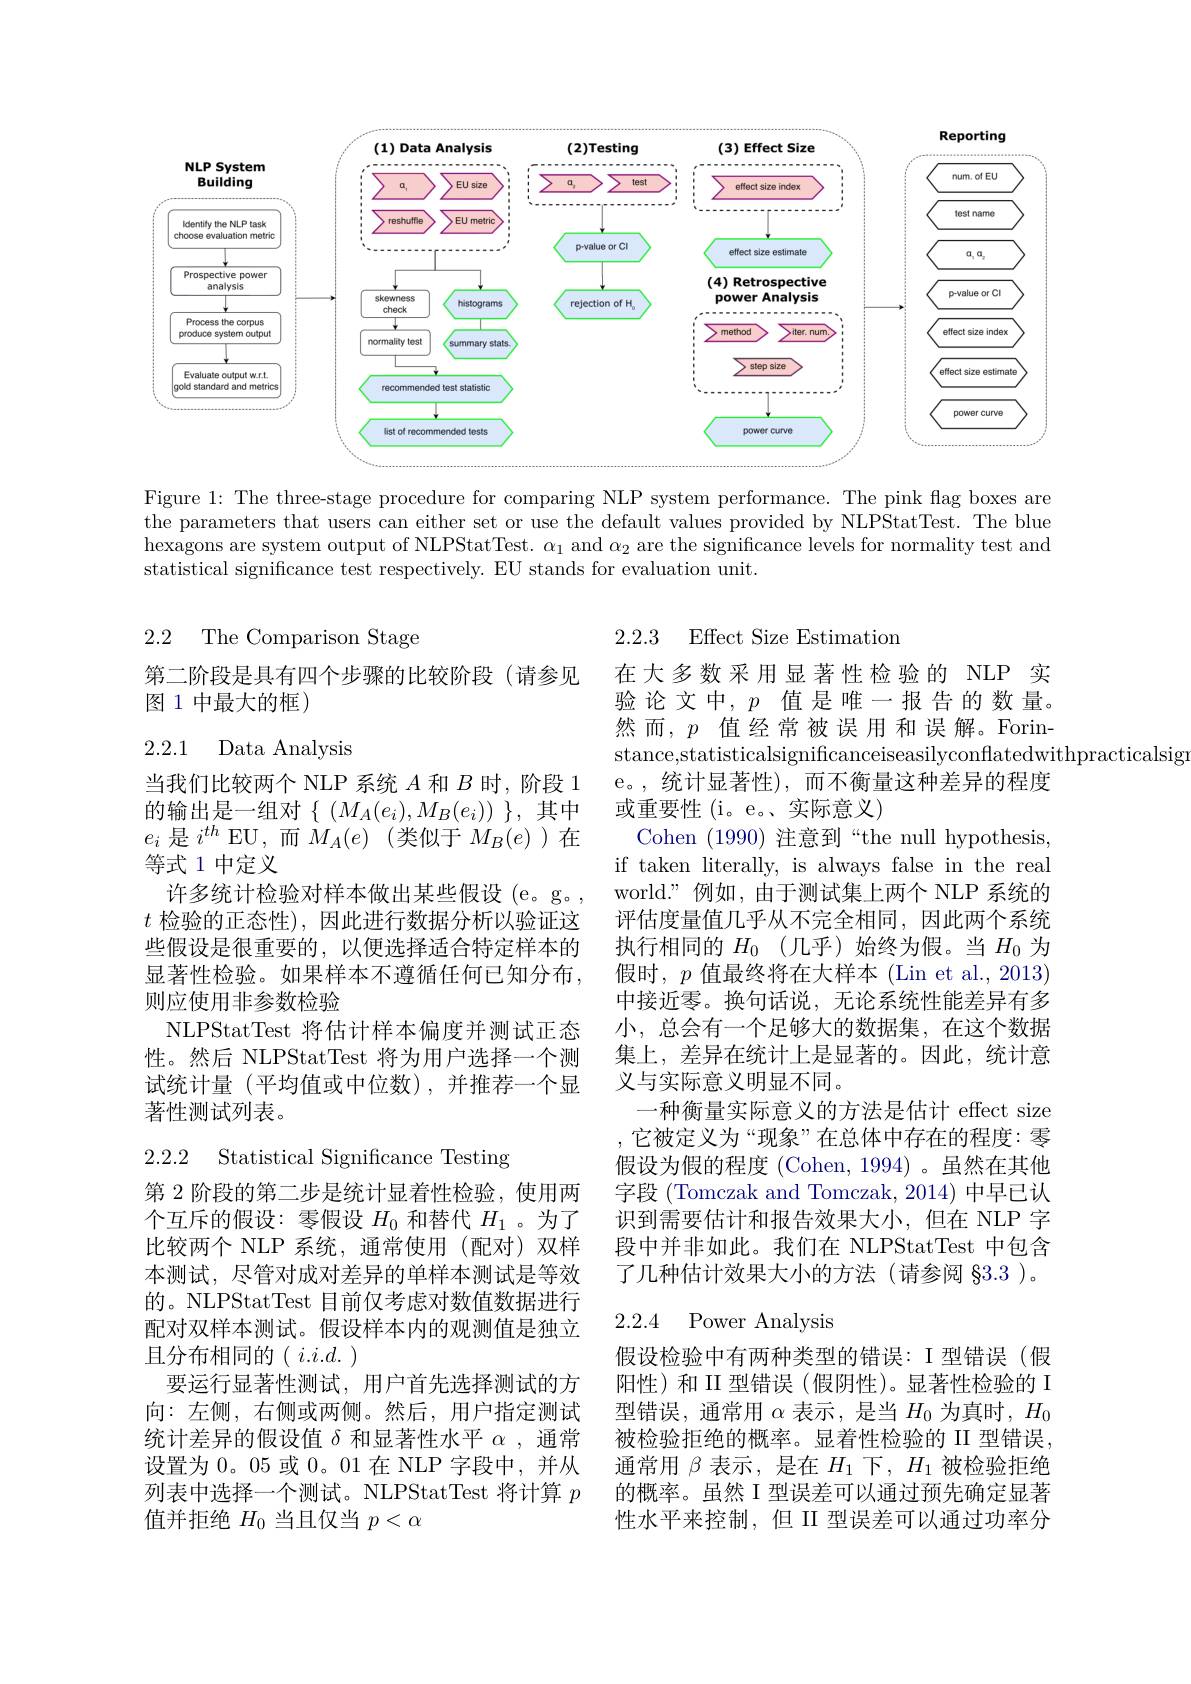
<FigureHere>

Figure 1: The three-stage procedure for comparing NLP system performance. The pink flag boxes are the parameters that users can either set or use the default values provided by NLPStatTest. The blue hexagons are system output of NLPStatTest. $\alpha_1$ and $\alpha_2$ are the significance levels for normality test and statistical significance test respectively. EU stands for evaluation unit.

2.2.3 Effect Size Estimation

2.2 The Comparison Stage

第二阶段是具有四个步骤的比较阶段(请参见
## 图 1 中最大的框)

## 2.2.1 Data Analysis

当我们比较两个 NLP 系统$A$和$B$时，阶段 1的输出是一组对$\{(M_A(e_i),M_B(e_i))$ $\}$, 其中$e_i$是$i^th$ EU,而$M_A(e)$ (类似于$M_B(e)$ )在等式 1 中定义
许多统计检验对样本做出某些假设(e。g。$t$检验的正态性),因此进行数据分析以验证这些假设是很重要的，以便选择适合特定样本的显著性检验。如果样本不遵循任何已知分布， 则应使用非参数检验
NLPStatTest 将估计样本偏度并测试正态性。然后 NLPStatTest 将为用户选择一个测试统计量(平均值或中位数),并推荐一个显著性测试列表。

在大多数采用显著性检验的 NLP 实验论文中，$p$值是唯一报告的数量。然而，$p$值经常被误用和误解。Forinstance,statisticalsignificanceiseasilyconflatedwithpracticalsig
e。,统计显著性),而不衡量这种差异的程度
或重要性(i。e。、实际意义)
Cohen (1990)注意到“the null hypothesis, if taken literally, is always false in the real world.”例如，由于测试集上两个 NLP 系统的评估度量值几乎从不完全相同，因此两个系统执行相同的$H_0$ (几乎)始终为假。当$H_0$为假时，$p$值最终将在大样本 (Lin et al., 2013) 中接近零。换句话说，无论系统性能差异有多小，总会有一个足够大的数据集，在这个数据集上，差异在统计上是显著的。因此，统计意义与实际意义明显不同。
一种衡量实际意义的方法是估计 effect size ,它被定义为“现象”在总体中存在的程度：零假设为假的程度 (Cohen, 1994) 。虽然在其他字段 (Tomczak and Tomczak, 2014) 中早已认识到需要估计和报告效果大小，但在 NLP 字段中并非如此。我们在 NLPStatTest 中包含了几种估计效果大小的方法(请参阅 §3.3)。

# 2.2.2 Statistical Significance Testing

## 2.2.4 Power Analysis

第 2 阶段的第二步是统计显着性检验，使用两个互斥的假设：零假设$H_0$和替代$H_1$ 。为了比较两个 NLP 系统，通常使用(配对)双样本测试，尽管对成对差异的单样本测试是等效的。NLPStatTest 目前仅考虑对数值数据进行配对双样本测试。假设样本内的观测值是独立且分布相同的( $i.i.d.)$
要运行显著性测试，用户首先选择测试的方向：左侧，右侧或两侧。然后，用户指定测试统计差异的假设值$\delta$和显著性水平$\alpha$,通常设置为 0。05 或 0。01 在 NLP 字段中，并从列表中选择一个测试。NLPStatTest 将计算$p$ 值并拒绝$H_0$当且仅当$p<\alpha$

假设检验中有两种类型的错误：I 型错误(假阳性)和 II 型错误(假阴性)。显著性检验的 I 型错误，通常用$\alpha$表示，是当$H_0$为真时，$H_0$ 被检验拒绝的概率。显着性检验的 II 型错误， 通常用$\beta$表示，是在$H_1$下，$H_1$被检验拒绝的概率。虽然 I 型误差可以通过预先确定显著性水平来控制，但 II 型误差可以通过功率分